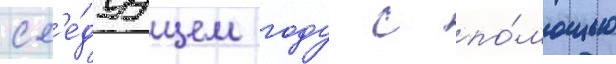
сл'е́дуущем году с по́мощью